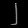
Digit: ၂